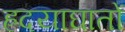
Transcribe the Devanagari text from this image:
ह्रदयाघातों